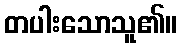
တပါးသောသူ၏။